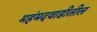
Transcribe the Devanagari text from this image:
महंमदवाडीतील